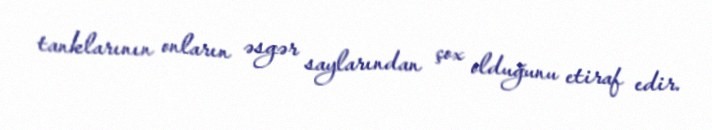
tanklarının onların əsgər saylarından çox olduğunu etiraf edir.